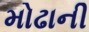
મોઢાની